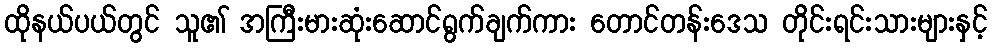
ထိုနယ်ပယ်တွင် သူ၏ အကြီးမားဆုံးဆောင်ရွက်ချက်ကား တောင်တန်းဒေသ တိုင်းရင်းသားများနှင့်